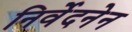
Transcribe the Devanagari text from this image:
निर्वेदनेन